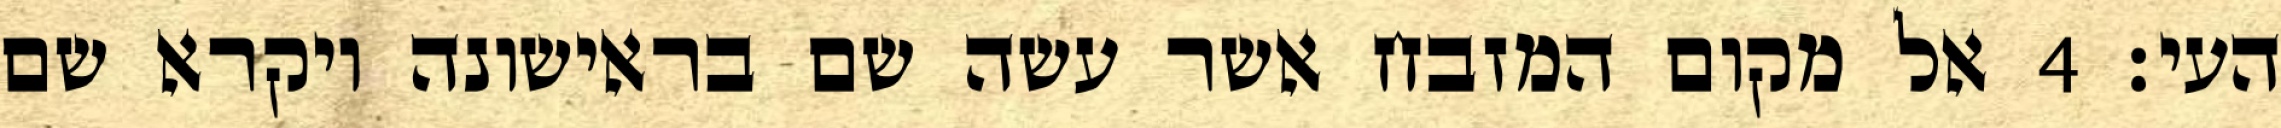
העי׃ ‎4‏ אל מקום המזבח אשר עשה שם בראישונה ויקרא שם